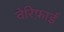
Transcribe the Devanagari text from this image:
वेरिफ़ाई